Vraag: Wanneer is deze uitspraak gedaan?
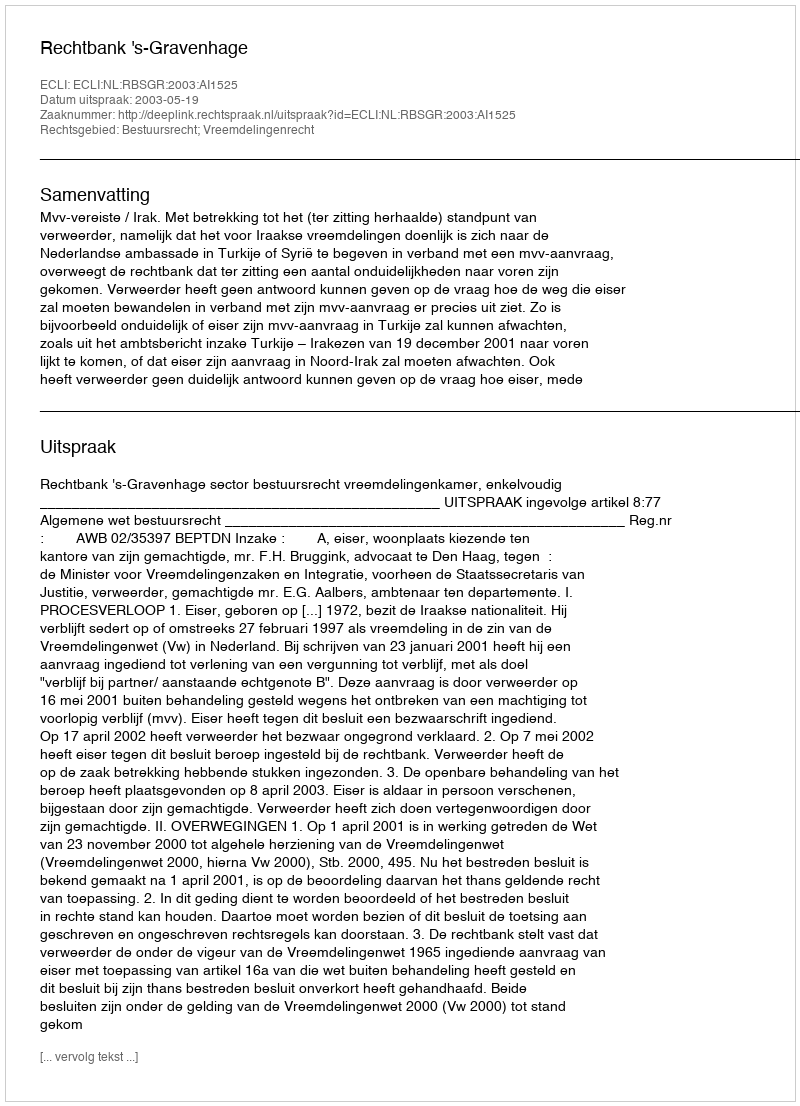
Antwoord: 2003-05-19